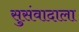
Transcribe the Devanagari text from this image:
सुसंवादाला